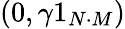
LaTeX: (0,\gamma 1_{N\cdot M})